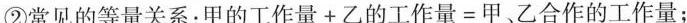
②常见的等量关系：$$甲 的 工 作 量 + 乙 的 工 作 量 = 甲 、 乙 合